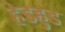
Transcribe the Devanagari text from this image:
हेडहुड